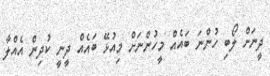
ދީނަށް ލޯބި ހުންނަ ބައެއް މީހުންނަށް މިއުޅޭ ބައެއް ދީނީ ކުދިން އެއްލާ